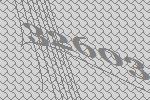
32603